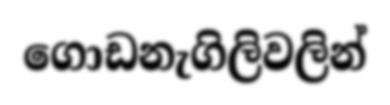
ගොඩනැගිලිවලින්